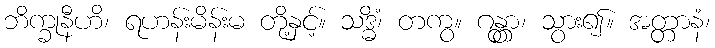
ဘိက္ခုနီဟိ၊ ရဟန်းမိန်းမ တို့နှင့်။ သဒ္ဓိံ၊ တကွ။ ဂန္တွာ၊ သွား၍။ အတ္တာနံ၊